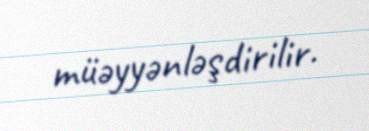
müəyyənləşdirilir.